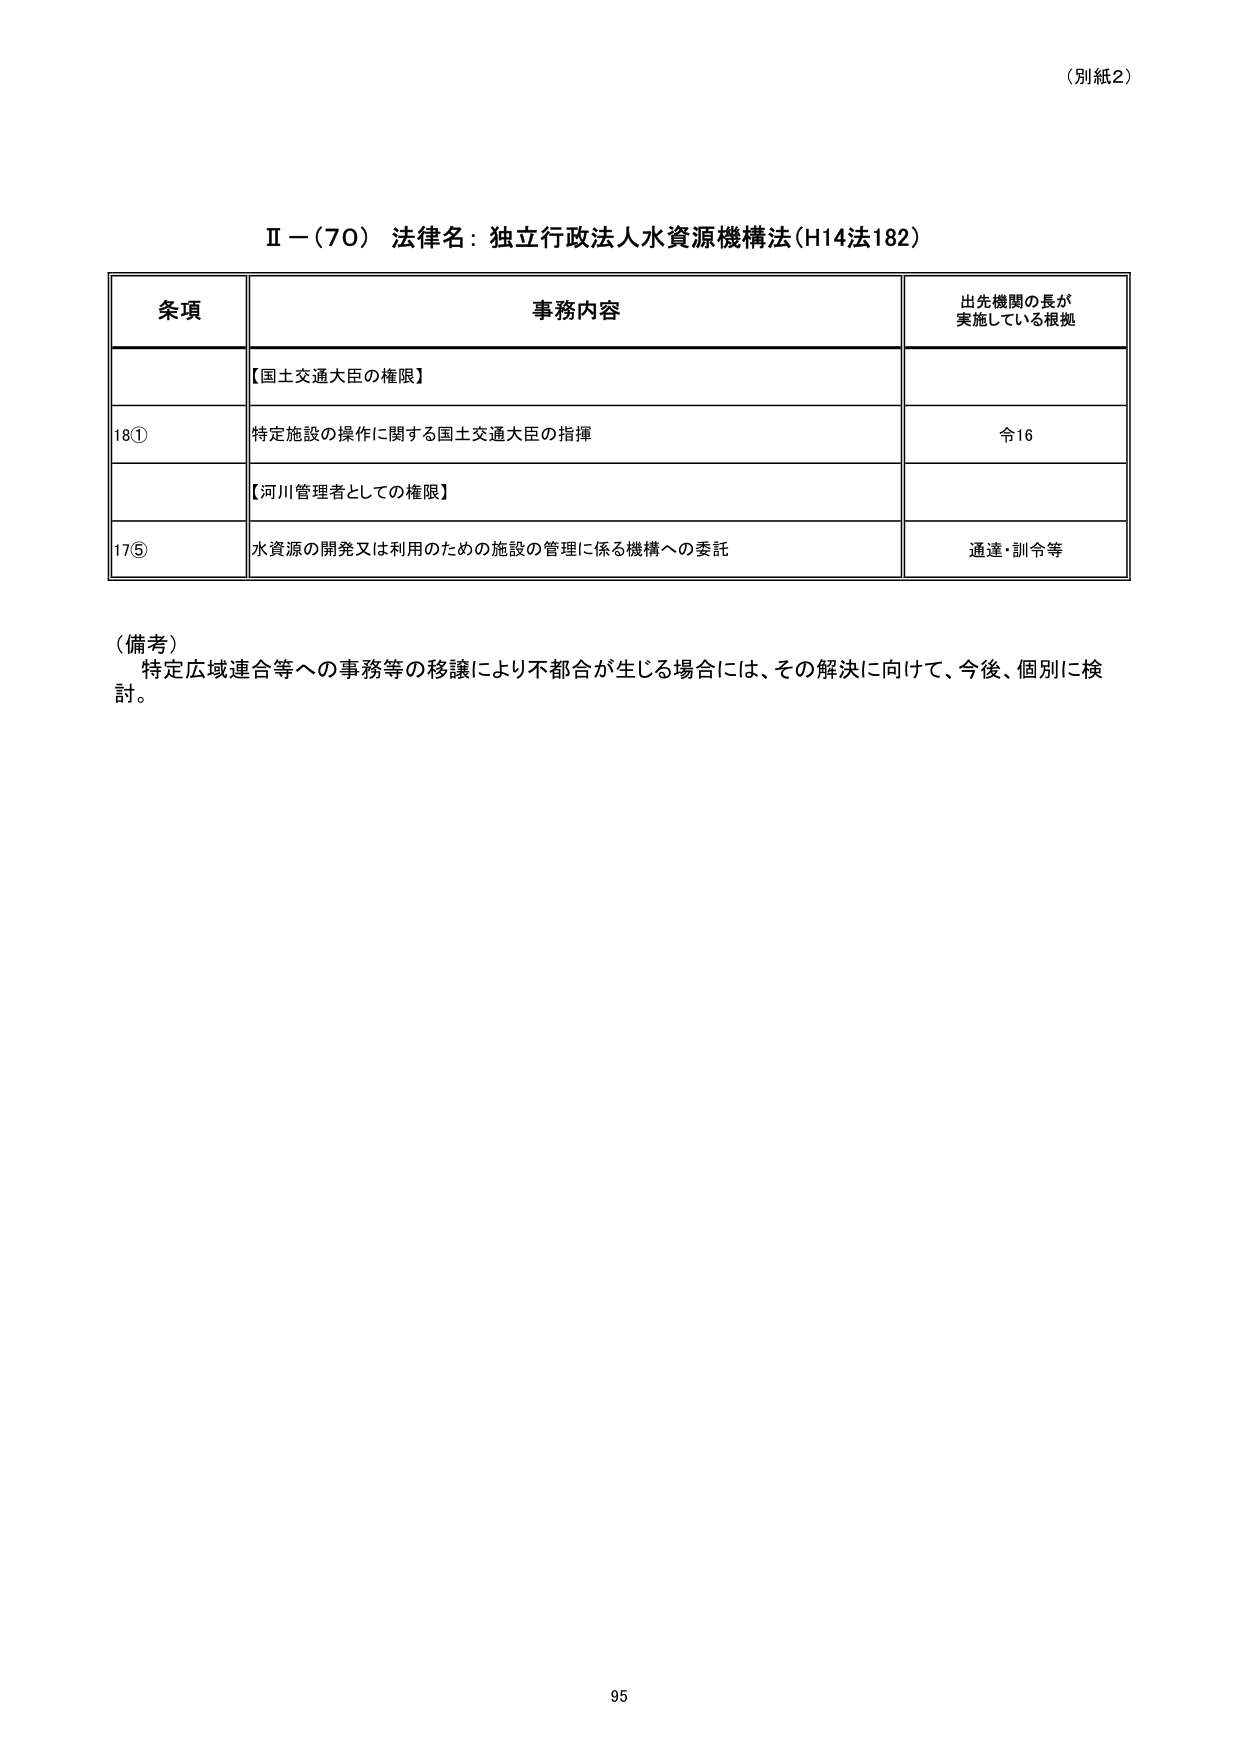
（別紙2）

Ⅱ－（70） 法律名：独立行政法人水資源機構法（H14法182）

条項 事務内容 出先機関の長が実施している根拠
【国土交通大臣の権限】
18① 特定施設の操作に関する国土交通大臣の指揮 令16
【河川管理者としての権限】
17⑤ 水資源の開発又は利用のための施設の管理に係る機構への委託 通達・訓令等

（備考）
特定広域連合等への事務等の移譲により不都合が生じる場合には、その解決に向けて、今後、個別に検討。

95